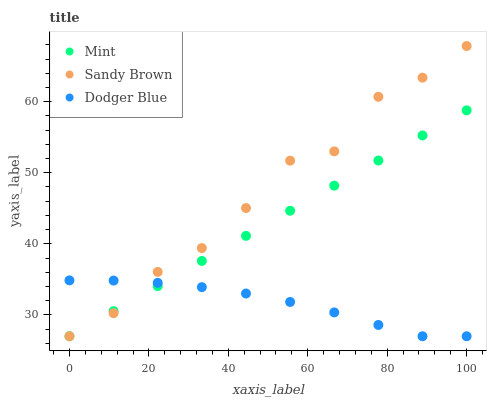
| xaxis_label | Mint | Sandy Brown | Dodger Blue |
 | --- | --- | --- | --- |
 | 0 | 27 | 27 | 34.9 |
 | 11.1 | 30.5 | 30.2 | 34.8 |
 | 22.2 | 34.1 | 36.1 | 34.5 |
 | 33.3 | 37.6 | 39.4 | 33.9 |
 | 44.4 | 41.1 | 45 | 33 |
 | 55.6 | 44.7 | 51.7 | 31.8 |
 | 66.7 | 48.2 | 53 | 30.4 |
 | 77.8 | 51.7 | 60.7 | 28.6 |
 | 88.9 | 55.2 | 63.4 | 27 |
 | 100 | 58.8 | 67.8 | 27 |